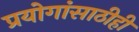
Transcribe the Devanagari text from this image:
प्रयोगांसाठीही